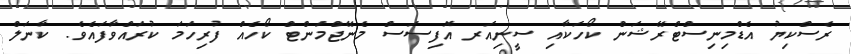
ރެސްކިޔު އެޑްމިނިސްޓްރޭޝަން ކޯހަކާއި ސީނިއަރ އޮފިސަސް މެނޭޖްމަންޓް ކޯހެއް ފުރިހަމަ ކުރައްވާފައެވެ. ކާނަލް